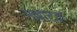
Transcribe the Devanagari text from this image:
भल्लाटक